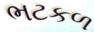
ભટકળ